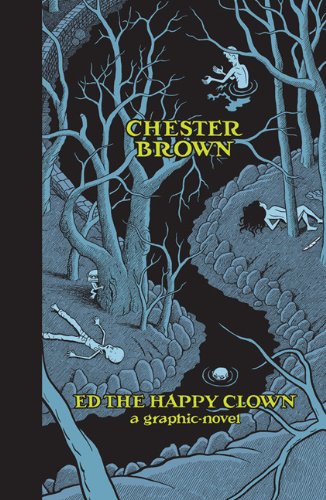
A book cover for Ed the Happy Clown; Chester Brown; Comics & Graphic Novels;